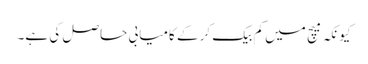
کیونکہ میچ میں کم بیک کر کے کامیابی حاصل کی ہے۔